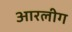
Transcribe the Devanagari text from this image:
आरलीग